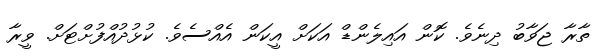
ތާރާ ޖަވާބު ދިނެވެ. ކޮން އައިލެންޑް އަކަށް އީކަން އެއްސެވެ. ކުޅުދުއްފުށްޓަށް. ވީރާ